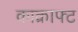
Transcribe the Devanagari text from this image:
काक्राफ्ट